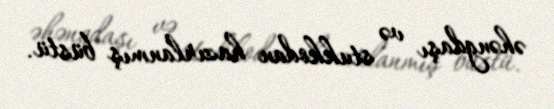
əhəngdaşı və stukkodan hazırlanmış büstü.